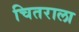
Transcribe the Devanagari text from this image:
चितराला